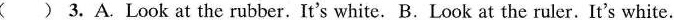
( ) 3. A.Look at the rubber.It's white. B.Look at the ruler. It's white.